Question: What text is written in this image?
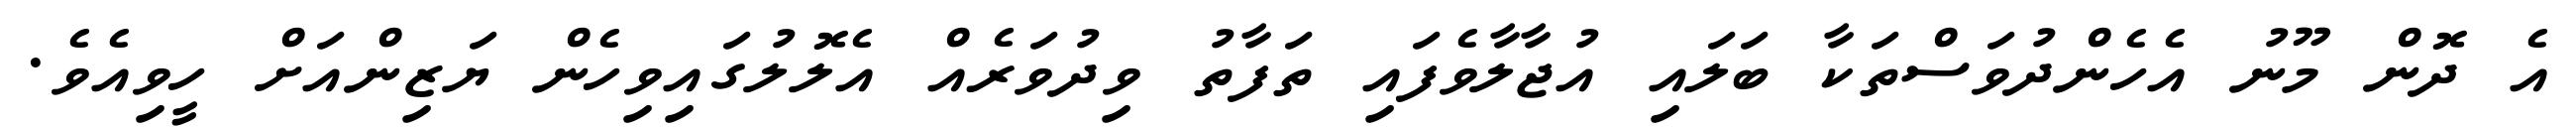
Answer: އެ ދޮން މޫނު އެހެންދުވަސްތަކާ ބަލައި އުޖާލާވެފައި ތަފާތު ވިދުވަރެއް އެލޮލުގައިވިހެން ޔަޒިންއަށް ހީވިއެވެ.